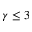
\gamma \le 3